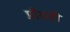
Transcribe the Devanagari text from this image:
प्रौढही